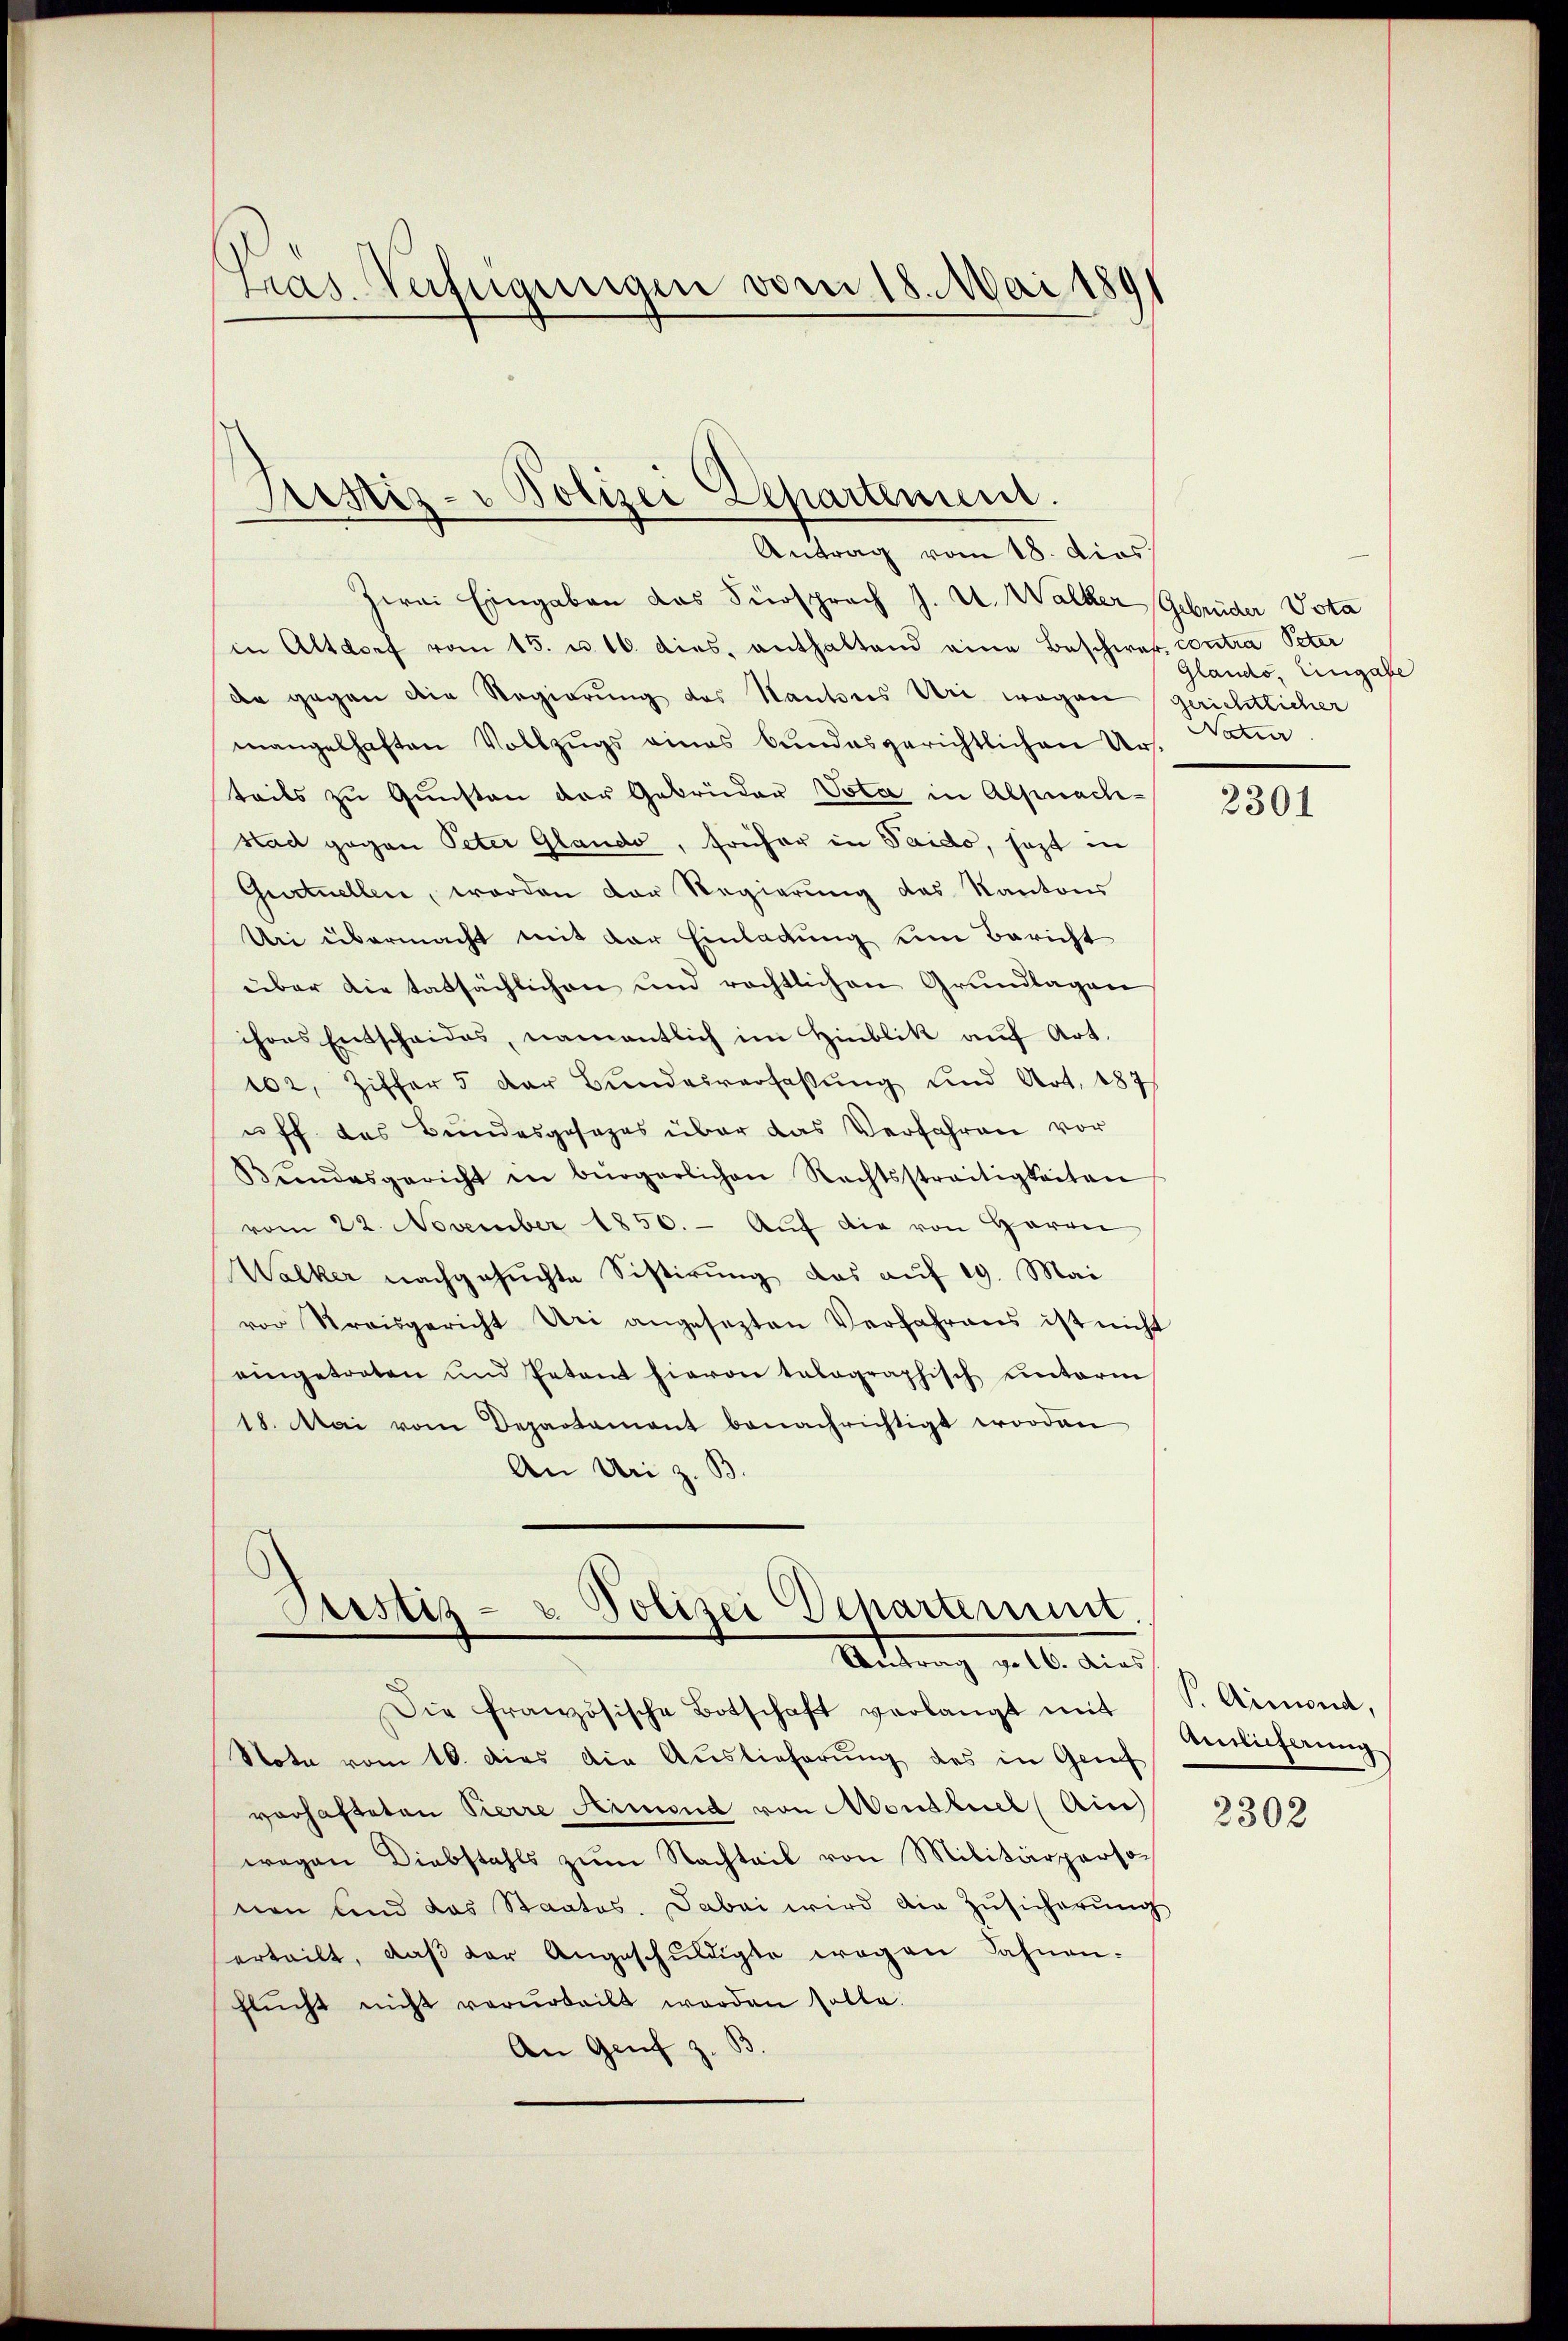
ras Verfügungen vom 18. Mai 189

Zwai Eingaben das Fürsprach J. U. Walker Gebrüder Vota
in Altdorf vom 15. u. 10. dies, enthaltend eine Beschwer contra Peter
de gegen die Regierŭng des Nantes Uri wegen
mangelhaften Vollzŭgs eines bundesgerichtlichen Ur-
teils zu Gunsten der Gebrüder Vota in Alpnach-
stad gegen Peter Glando, früher in Saido, jezt in
Gurtnellen, worden der Regierung des Kantons
Uri übermacht mit der Einladung um Bericht
über die tatsächlichen und rechtlichen Grundlagen
chres Entscheides, namentlich im Hinblik auf Art.
102, Ziffer 5 der Bŭndesverfassŭng und Art. 187
uff das Bundesgesezes über das Verfahren vor
Bŭndesgericht in bürgerlichen Rechtsstreitigkeiten
vom 22. November 1850. Aŭf die von Herrn
Walker nachgesuchte Sistirung das auf 19. Mai
vor Kreisgericht Uri angesezten Verfahrens ist nicht
eingetreten und Petent hievon tabographisch unterm
18. Mai vom Departament benachrichtigt worden
An Uri z. B.

Justiz- u Polizei Departement.
Antrag vom 18. dios

Justiz- & Polizei Departement.
Rettung v. 16. dies

Die französische Botschaft verlangt mit
Note vom 10. dies die Auslieferung des in Genf
vorhafteten Pierre Heimend von Mondtiel (Ain)
wegen Diebstahls zŭm Nachteil von Militärpersonen und das Staates. Dabei wird die Zŭsicherŭng
erteilt, daß der Angeschuldigte wegen Fahnen.
flŭcht nicht verurteilt worden solle.
An Genf z. B.

Glando, Eingabe
gerichtlicher
Natur

2301

P.Armond,
Anlieferung

2302